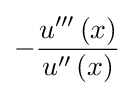
-{\frac {u'''\left(x\right)}{u''\left(x\right)}}